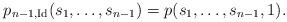
LaTeX: \begin{align*} p_{n - 1, \mathrm{Id}}( s_1, \ldots, s_{n - 1}) = p(s_1, \ldots, s_{n -1}, 1).\end{align*}